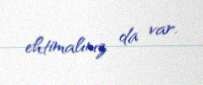
ehtimalınız da var.